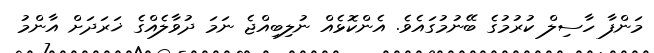
މަންފާ ހާސިލް ކުރުމުގެ ބޭނުމުގައެވެ. އެންކޮޅެއް ނުލިބިއްޖެ ނަމަ ދުވާލެއްގެ ޚަރަދަށް އާންމު